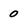
Character: 0